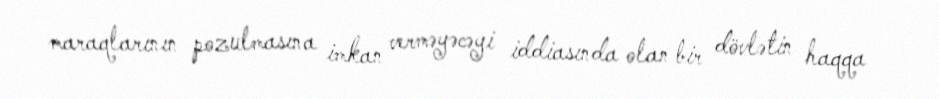
maraqlarının pozulmasına imkan verməyəcəyi iddiasında olan bir dövlətin haqqa